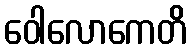
ဝေါလောကေတိ